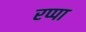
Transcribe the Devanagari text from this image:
रप्पा